Indian journal of veterinary science and animal husbandry - Volume 5,
Year: 1935
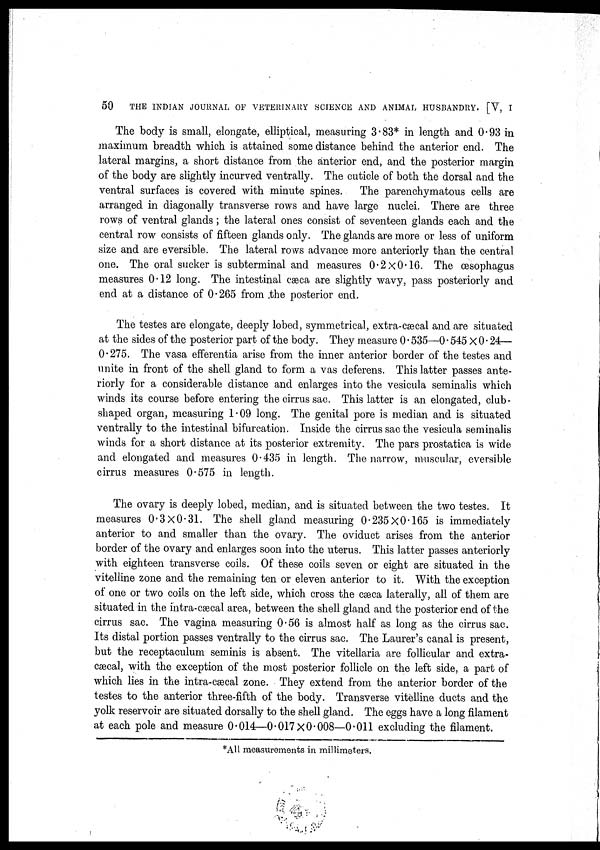
50
THE INDIAN JOURNAL OF VETERINARY SCIENCE AND ANIMAL HUSBANDRY. [V, I
The body is small, elongate, elliptical, measuring 3.83* in length and 0.93 in
maximum breadth which is attained some distance behind the anterior end. The
lateral margins, a short distance from the anterior end, and the posterior margin
of the body are slightly incurved ventrally. The cuticle of both the dorsal and the
ventral surfaces is covered with minute spines.
The parenchymatous cells are
arranged in diagonally transverse rows and have large nuclei. There are three
rows of ventral glands ; the lateral ones consist of seventeen glands each and the
central row consists of fifteen glands only. The glands are more or less of uniform
size and are eversible. The lateral rows advance more anteriorly than the central
one. The oral sucker is subterminal and measures 0.2 × 0.16. The œsophagus
measures 0.12 long. The intestinal cæca are slightly wavy, pass posteriorly and
end at a distance of 0.265 from the posterior end.
The testes are elongate, deeply lobed, symmetrical, extra-cæcal and are situated
at the sides of the posterior part of the body. They measure 0.535—0.545 × 0.24—
0.275. The vasa efferentia arise from the inner anterior border of the testes and
unite in front of the shell gland to form a vas deferens. This latter passes ante-
riorly for a considerable distance and enlarges into the vesicula seminalis which
winds its course before entering the cirrus sac. This latter is an elongated, club-
shaped organ, measuring 1.09 long. The genital pore is median and is situated
ventrally to the intestinal bifurcation. Inside the cirrus sac the vesicula seminalis
winds for a short distance at its posterior extremity. The pars prostatica is wide
and elongated and measures 0.435 in length. The narrow, muscular, eversible
cirrus measures 0.575 in length.
The ovary is deeply lobed, median, and is situated between the two testes. It
measures 0.3 × 0.31. The shell gland measuring 0.235 × 0.165 is immediately
anterior to and smaller than the ovary. The oviduct arises from the anterior
border of the ovary and enlarges soon into the uterus. This latter passes anteriorly
with eighteen transverse coils. Of these coils seven or eight are situated in the
vitelline zone and the remaining ten or eleven anterior to it. With the exception
of one or two coils on the left side, which cross the cæca laterally, all of them are
situated in the intra-cæcal area, between the shell gland and the posterior end of the
cirrus sac. The vagina measuring 0.56 is almost half as long as the cirrus sac.
Its distal portion passes ventrally to the cirrus sac. The Laurer's canal is present,
but the receptaculum seminis is absent. The vitellaria are follicular and extra-
cæcal, with the exception of the most posterior follicle on the left side, a part of
which lies in the intra-cæcal zone. They extend from the anterior border of the
testes to the anterior three-fifth of the body. Transverse vitelline ducts and the
yolk reservoir are situated dorsally to the shell gland. The eggs have a long filament
at each pole and measure 0.014—0.017 × 0.008—0.011 excluding the filament.
*All measurements in millimeters.